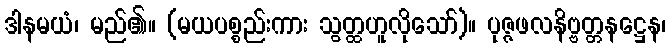
ဒါနမယံ၊ မည်၏။ (မယပစ္စည်းကား သွတ္ထဟူလိုသော်)။ ပုဇ္ဇဖလနိဗ္ဗတ္တနဋ္ဌေန၊